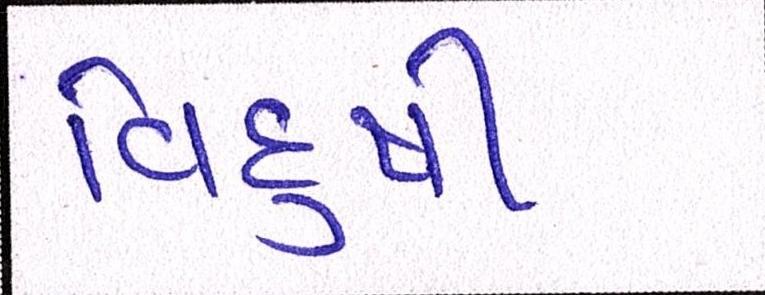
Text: વિદુષી